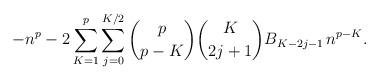
LaTeX: \begin{align*}-n^p - 2 \sum_{K=1}^{p} \sum_{j=0}^{K/2} \binom{p}{p-K} \binom{K}{2j+1} B_{K-2j-1} \, n^{p-K}.\end{align*}